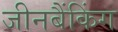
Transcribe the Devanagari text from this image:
जीनबैंकिंग